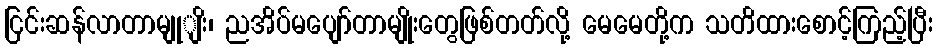
ငြင်းဆန်လာတာမျုျိး၊ ညအိပ်မပျော်တာမျိုးတွေဖြစ်တတ်လို့ မေမေတို့က သတိထားစောင့်ကြည့်ပြီး